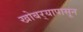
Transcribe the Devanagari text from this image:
खोबर्‍यापासून